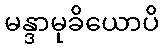
မန္ဒာမုခိယောပိ